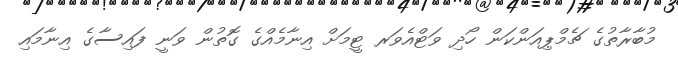
މުބާރާތުގެ ޗެމްޕިއަންކަން ހޯދި ވަޓްއެވަރ ޓީމަށް އިނާމެއްގެ ގޮތުން ވަނީ ފައިސާގެ އިނާމައި